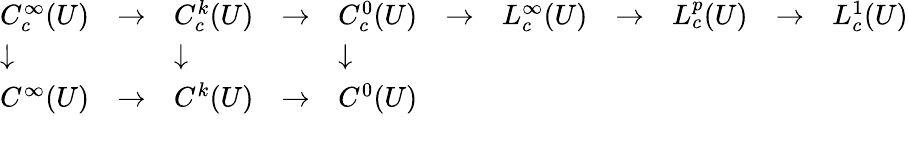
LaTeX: {\begin{array}{lllllllllll}{C_{c}^{\infty}(U)}&{\to}&{C_{c}^{k}(U)}&{\to}&{C_{c}^{0}(U)}&{\to}&{L_{c}^{\infty}(U)}&{\to}&{L_{c}^{p}(U)}&{\to}&{L_{c}^{1}(U)}\\ {\downarrow}&&{\downarrow}&&{\downarrow}\\ {C^{\infty}(U)}&{\to}&{C^{k}(U)}&{\to}&{C^{0}(U)}\\ {}\end{array}}